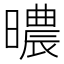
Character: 𣋏